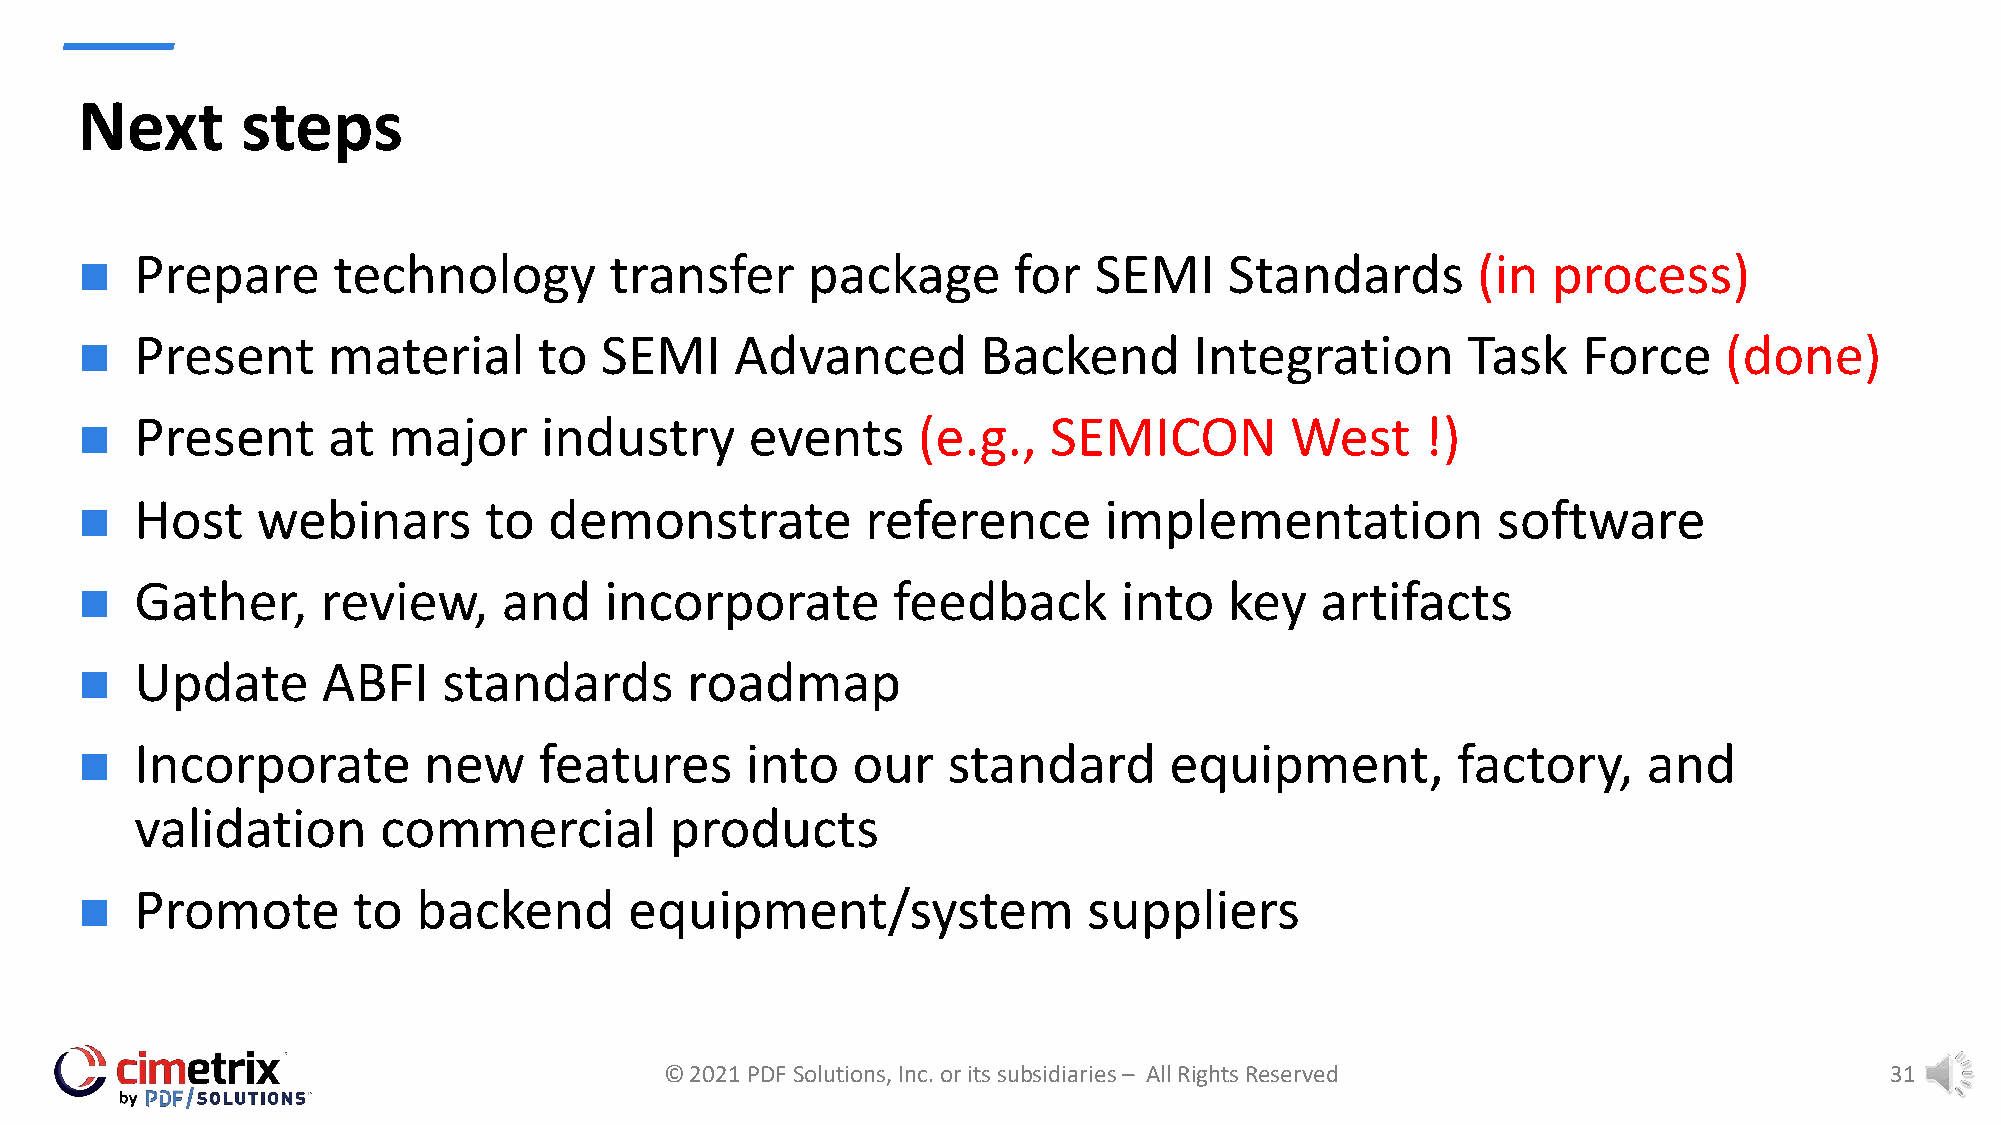
Next       steps
 Prepare      technology        transfer     package       for  SEMI     Standards        (in  process)
 n
 Present      material      to  SEMI     Advanced        Backend       Integration       Task    Force    (done)
 n
 Present      at  major     industry      events     (e.g.,  SEMICON         West     !)
 n
 Host    webinars       to  demonstrate          reference       implementation            software
 n
 Gather,     review,     and    incorporate        feedback       into   key   artifacts
 n
 Update      ABFI    standards       roadmap
 n
 Incorporate        new     features     into   our    standard      equipment,         factory,     and
 n
 validation      commercial         products
 Promote       to   backend       equipment/system              suppliers
 n
 © 2021 PDF Solutions, Inc. or its subsidiaries – All Rights Reserved             31